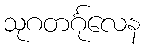
သုဂတင်္ဂုလေန